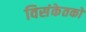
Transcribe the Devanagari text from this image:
विसंकेतकों